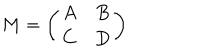
M = \left( \begin{array} { c c } { { A } } & { { B } } \\ { { C } } & { { D } } \\ \end{array} \right)